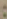
: